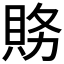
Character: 𮙽